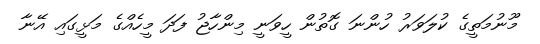
މޫނުމަތީގެ ކުލަވަރު ހުންނަ ގޮތުން ހީވަނީ މިންހާޖު ފަދަ މީހެއްގެ މަޅީގައި އޭނާ